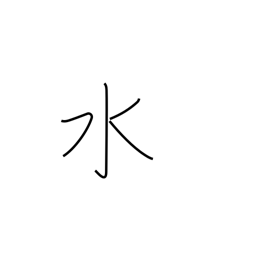
Meaning: water